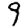
Digit: 9